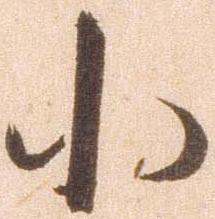
小